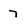
Character: 7